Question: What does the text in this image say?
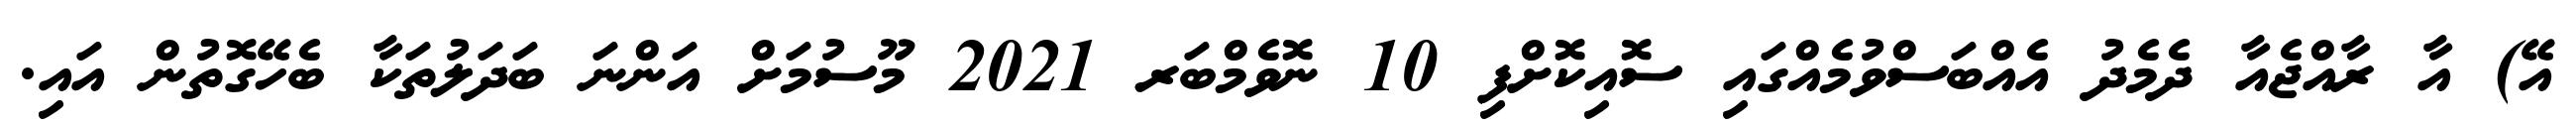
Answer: އޭ) އާ ރާއްޖެއާ ދެމެދު އެއްބަސްވުމެއްގައި ސޮއިކޮށްފި 10 ނޮވެމްބަރ 2021 މޫސުމަށް އަންނަ ބަދަލުތަކާ ބެހޭގޮތުން އައި.